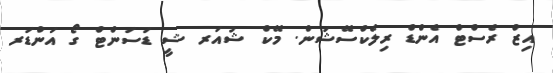
އިޒް ރެސްޓް އެންޑް ރިލެކްސޭޝަން. މޭކް ޝުއަރ ޝީ ޑަސަންޓް ގޯ އަންޑަރ